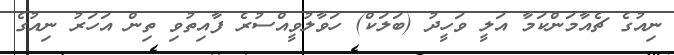
ނިއުގެ ޗެއާމަންކަމާ އަލީ ވަހީދު (ބަލަކް) ހަވާލުވީއްސުރެ ފާއިތުވި ތިން އަހަރު ނިއުގެ